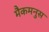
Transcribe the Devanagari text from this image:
मैकमनुस